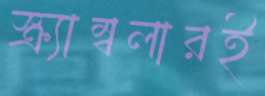
স্ক্র্যাম্বলারই